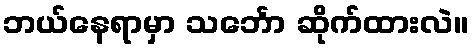
ဘယ်နေရာမှာ သင်္ဘော ဆိုက်ထားလဲ။